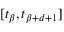
[ t _ { \beta } , t _ { \beta + d + 1 } ]